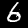
Label: 6